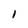
Character: l